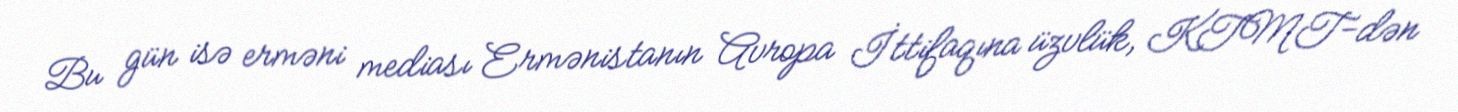
Bu gün isə erməni mediası Ermənistanın Avropa İttifaqına üzvlük, KTMT-dən